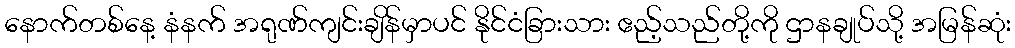
နောက်တစ်နေ့ နံနက် အရုဏ်ကျင်းချိန်မှာပင် နိုင်ငံခြားသား ဧည့်သည်တို့ကို ဌာနချုပ်သို့ အမြန်ဆုံး